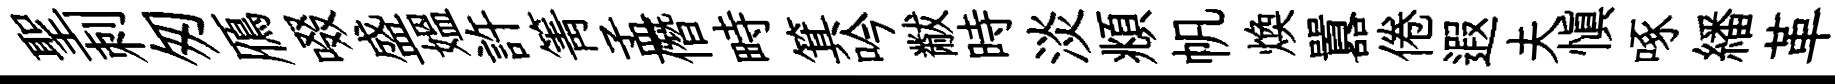
聖刺匆鴈啜盛媪許箐孟僭畤箕吟黻時淡頫帆煥囂倦遐夫愼啄繙革